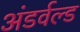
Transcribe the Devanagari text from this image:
अंडर्वल्ड